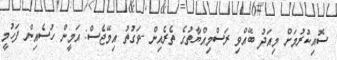
ސޮއިކުރުމަށް މިއަދު ބޭއްވި ރަސްމިއްޔާތުގެ ތެރެއިން -ވަގުތު އިމޭޖެސް: އަމީން ހުސެއިން ފަހުމީ